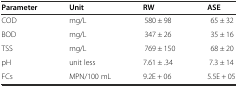
<table><thead><tr><td><b>Parameter</b></td><td><b>Unit</b></td><td><b>RW</b></td><td><b>ASE</b></td></tr></thead><tbody><tr><td>COD</td><td>mg/L</td><td>580 ± 98</td><td>65 ± 32</td></tr><tr><td>BOD</td><td>mg/L</td><td>347 ± 26</td><td>35 ± 16</td></tr><tr><td>TSS</td><td>mg/L</td><td>769 ± 150</td><td>68 ± 20</td></tr><tr><td>pH</td><td>unit less</td><td>7.61 ± .34</td><td>7.3 ± 14</td></tr><tr><td>FCs</td><td>MPN/100 mL</td><td>9.2E + 06</td><td>5.5E + 05</td></tr></tbody></table>